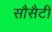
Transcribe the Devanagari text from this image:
सौसैटी